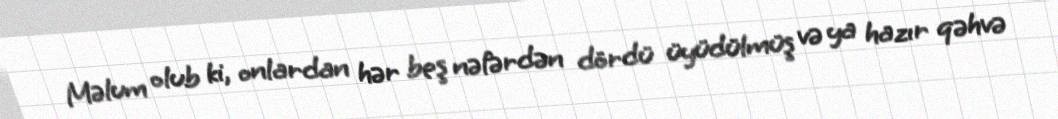
Məlum olub ki, onlardan hər beş nəfərdən dördü üyüdülmüş və ya hazır qəhvə